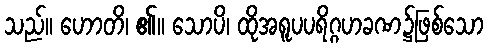
သည်။ ဟောတိ၊ ၏။ သောပိ၊ ထိုအရူပပရိဂ္ဂဟခဏ၌ဖြစ်သော